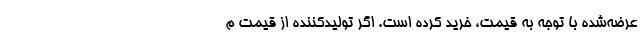
عرضه‌شده با توجه به قیمت، خرید کرده است. اگر تولیدکننده از قیمت م